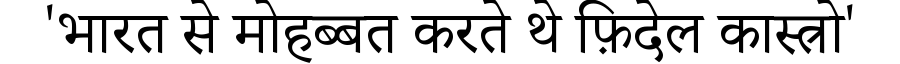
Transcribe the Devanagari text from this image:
'भारत से मोहब्बत करते थे फ़िदेल कास्त्रो'